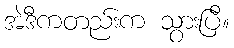
အဲဒီကတည်းက သွားပြီ။